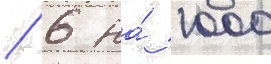
/ 6 на́ 1000